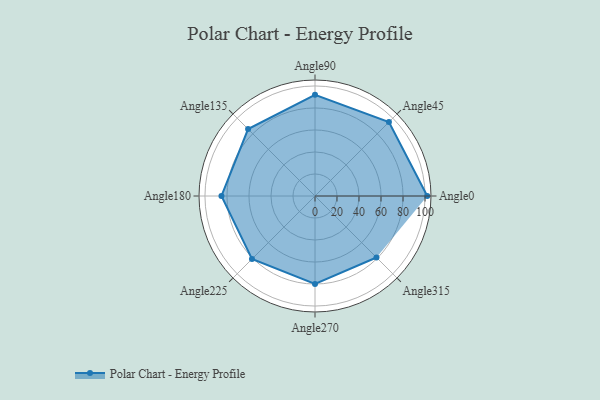
{"axis": {"x": "Angle", "y": "Radius"}, "legend": [""], "data": [{"x": "Angle0", "y": 102.0, "type": ""}, {"x": "Angle45", "y": 95.0, "type": ""}, {"x": "Angle90", "y": 92.0, "type": ""}, {"x": "Angle135", "y": 86.0, "type": ""}, {"x": "Angle180", "y": 85.0, "type": ""}, {"x": "Angle225", "y": 81.0, "type": ""}, {"x": "Angle270", "y": 80.0, "type": ""}, {"x": "Angle315", "y": 79.0, "type": ""}]}